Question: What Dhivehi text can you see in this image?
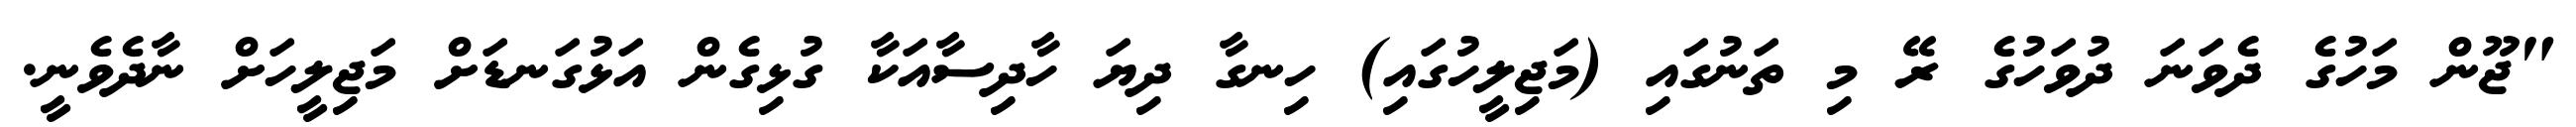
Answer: "ޖޫން މަހުގެ ދެވަނަ ދުވަހުގެ ރޭ މި ތަނުގައި (މަޖިލީހުގައި) ހިނގާ ދިޔަ ހާދިސާއަކާ ގުޅިގެން އަޅުގަނޑަށް މަޖިލީހަށް ނާދެވެނީ.